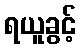
ရယူခွင့်